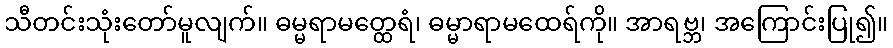
သီတင်းသုံးတော်မူလျက်။ ဓမ္မရာမတ္ထေရံ၊ ဓမ္မာရာမထေရ်ကို။ အာရဗ္ဘ၊ အကြောင်းပြု၍။